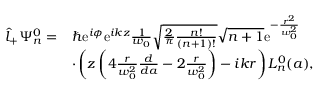
\begin{array} { r l } { \hat { l } _ { + } \Psi _ { n } ^ { 0 } = } & { \hbar \mathrm { e } ^ { i \phi } \mathrm { e } ^ { i k z } \frac { 1 } { w _ { 0 } } \sqrt { \frac { 2 } { \pi } \frac { n ! } { ( n + 1 ) ! } } \sqrt { n + 1 } \mathrm { e } ^ { - \frac { r ^ { 2 } } { w _ { 0 } ^ { 2 } } } } \\ & { \cdot \left( z \left( 4 \frac { r } { w _ { 0 } ^ { 2 } } \frac { d } { d a } - 2 \frac { r } { w _ { 0 } ^ { 2 } } \right) - i k r \right) L _ { n } ^ { 0 } ( a ) , } \end{array}